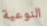
النوعية